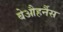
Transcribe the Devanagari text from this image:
बेऔहर्नैस